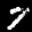
Label: 7